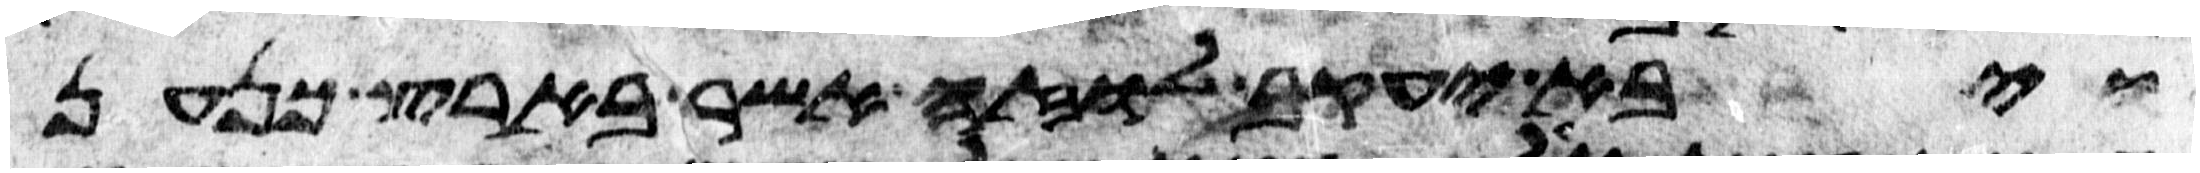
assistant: ויבא יעקב לוזה אשר בארץ כנען